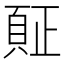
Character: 𲊪